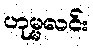
ဟုမ္မလင်း